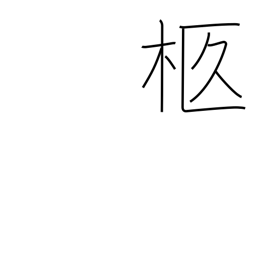
Meaning: bier